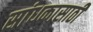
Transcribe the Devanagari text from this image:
सांधकासाठी